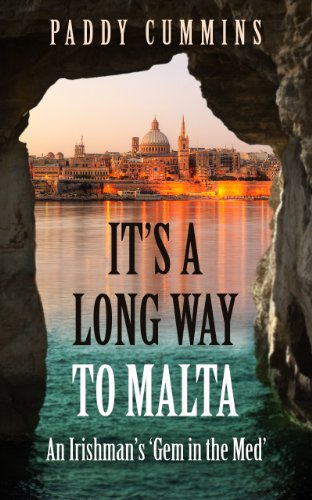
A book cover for It's a Long Way to Malta: An Irishman's 'Gem in the Med'; Paddy Cummins; Travel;